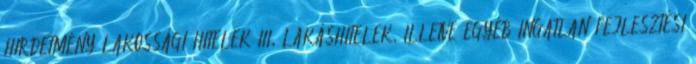
HIRDETMÉNY LAKOSSÁGI HITELEK III. LAKÁSHITELEK, ILLETVE EGYÉB INGATLAN FEJLESZTÉSI